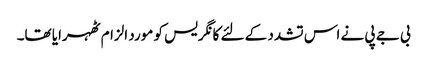
بی جے پی نے اس تشدد کے لئے کانگریس کو مورد الزام ٹھہرایا تھا۔